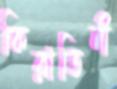
কিরাতিনী